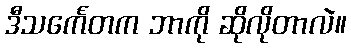
ဒီသင်္ကေတက ဘာကို ဆိုလိုတာလဲ။